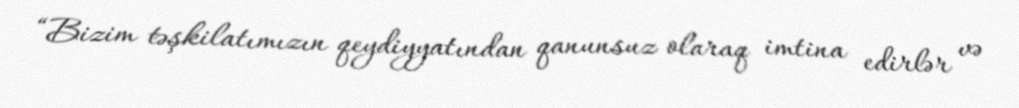
“Bizim təşkilatımızın qeydiyyatından qanunsuz olaraq imtina edirlər və